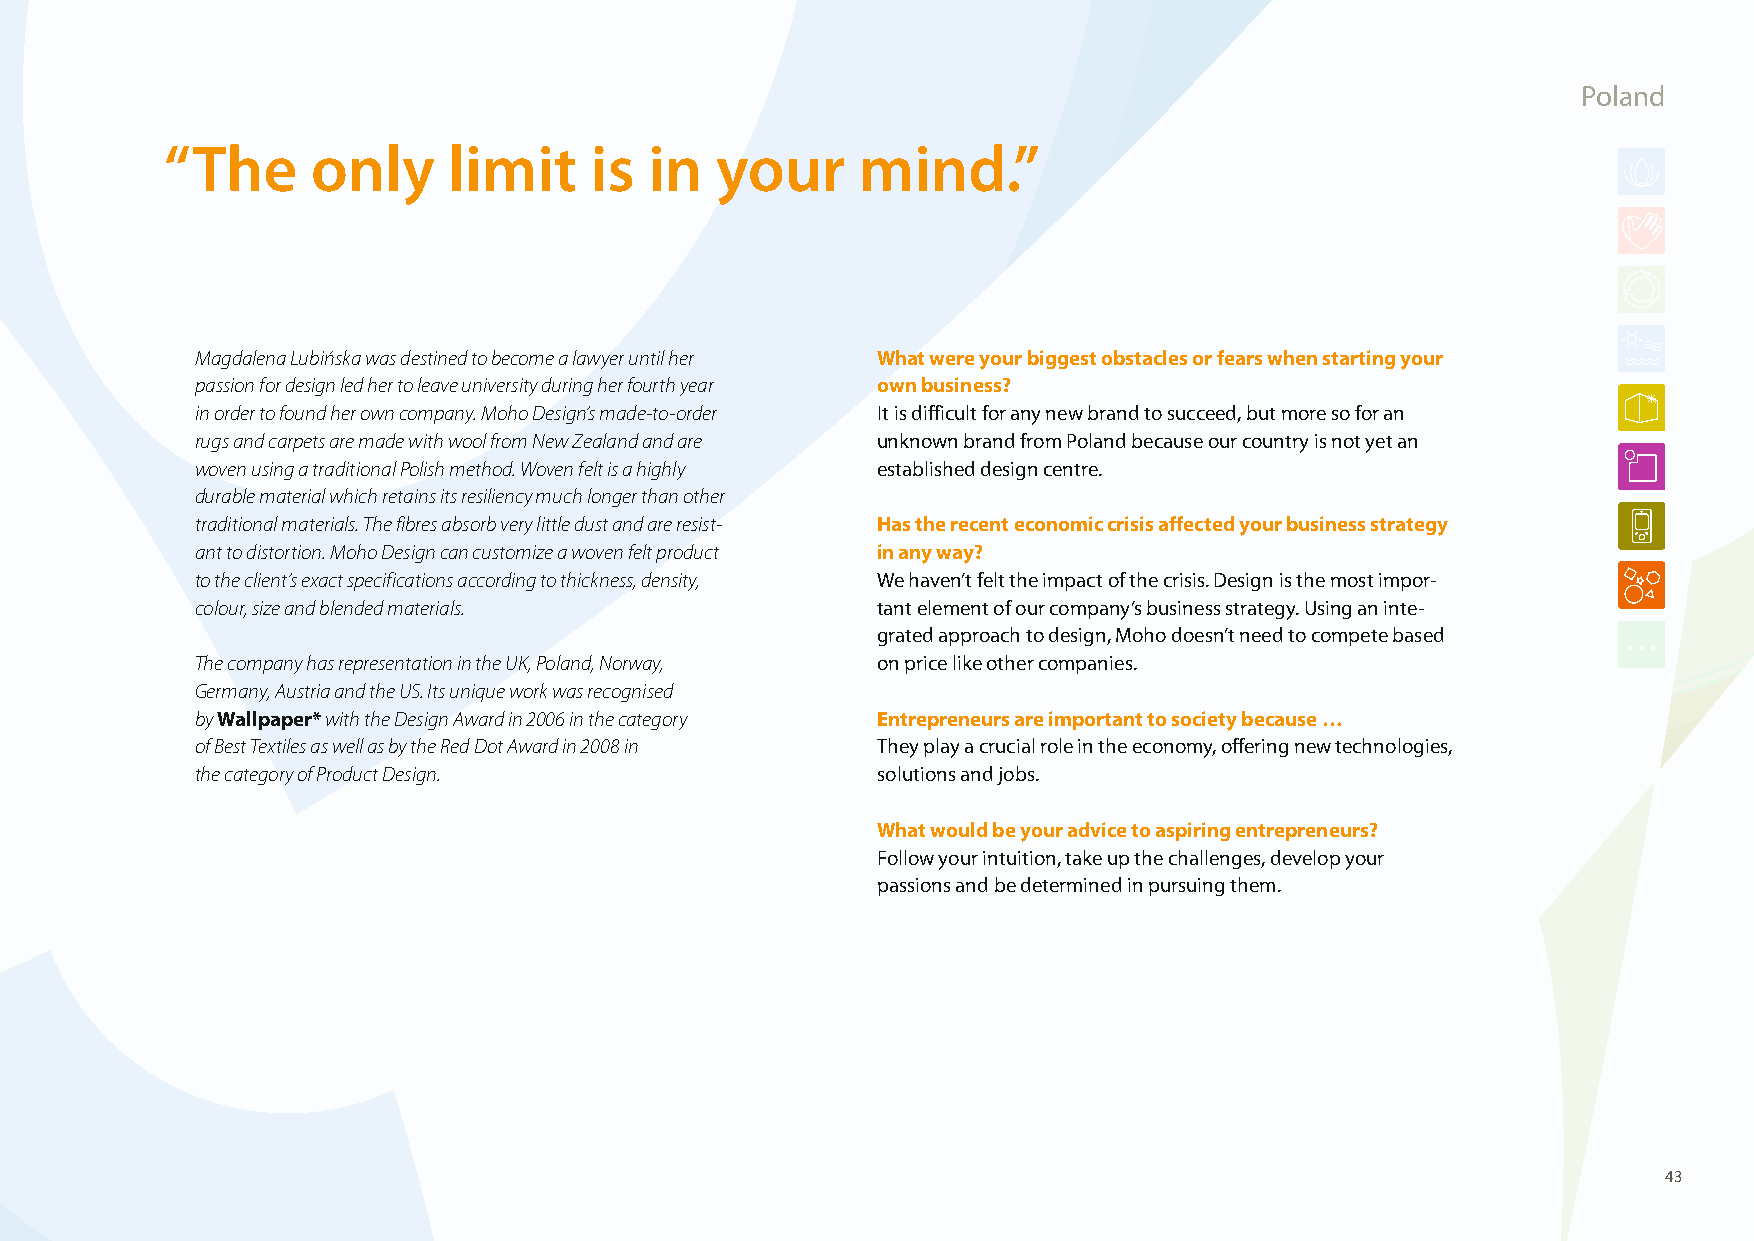
Poland
 “ The     only     limit    is  in  your      mind.”
 Magdalena Lubińska was destined to become a lawyer until her What were your biggest obstacles or fears when starting your
 passion for design led her to leave university during her fourth year own business?
 in order to found her own company. Moho Design’s made-to-order It is difficult for any new brand to succeed, but more so for an
 rugs and carpets are made with wool from New Zealand and are unknown brand from Poland because our country is not yet an
 woven using a traditional Polish method. Woven felt is a highly established design centre.
 durable material which retains its resiliency much longer than other
 traditional materials. The fibres absorb very little dust and are resist- Has the recent economic crisis affected your business strategy
 ant to distortion. Moho Design can customize a woven felt product in any way?
 to the client’s exact specifications according to thickness, density, We haven’t felt the impact of the crisis. Design is the most impor-
 colour, size and blended materials.          tant element of our company’s business strategy. Using an inte-
 grated approach to design, Moho doesn’t need to compete based
 The company has representation in the UK, Poland, Norway, on price like other companies.
 Germany, Austria and the US. Its unique work was recognised
 by Wallpaper* with the Design Award in 2006 in the category Entrepreneurs are important to society because …
 of Best Textiles as well as by the Red Dot Award in 2008 in They play a crucial role in the economy, offering new technologies,
 the category of Product Design.              solutions and jobs.
 What would be your advice to aspiring entrepreneurs?
 Follow your intuition, take up the challenges, develop your
 passions and be determined in pursuing them.
 43
 100426_SMEweek_broch_A4quer_hw.indd 43                                                                   27.04.2010 9:13:51 Uhr